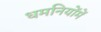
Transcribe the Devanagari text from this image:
धमनियोंमें